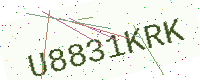
Text: U8831KRK